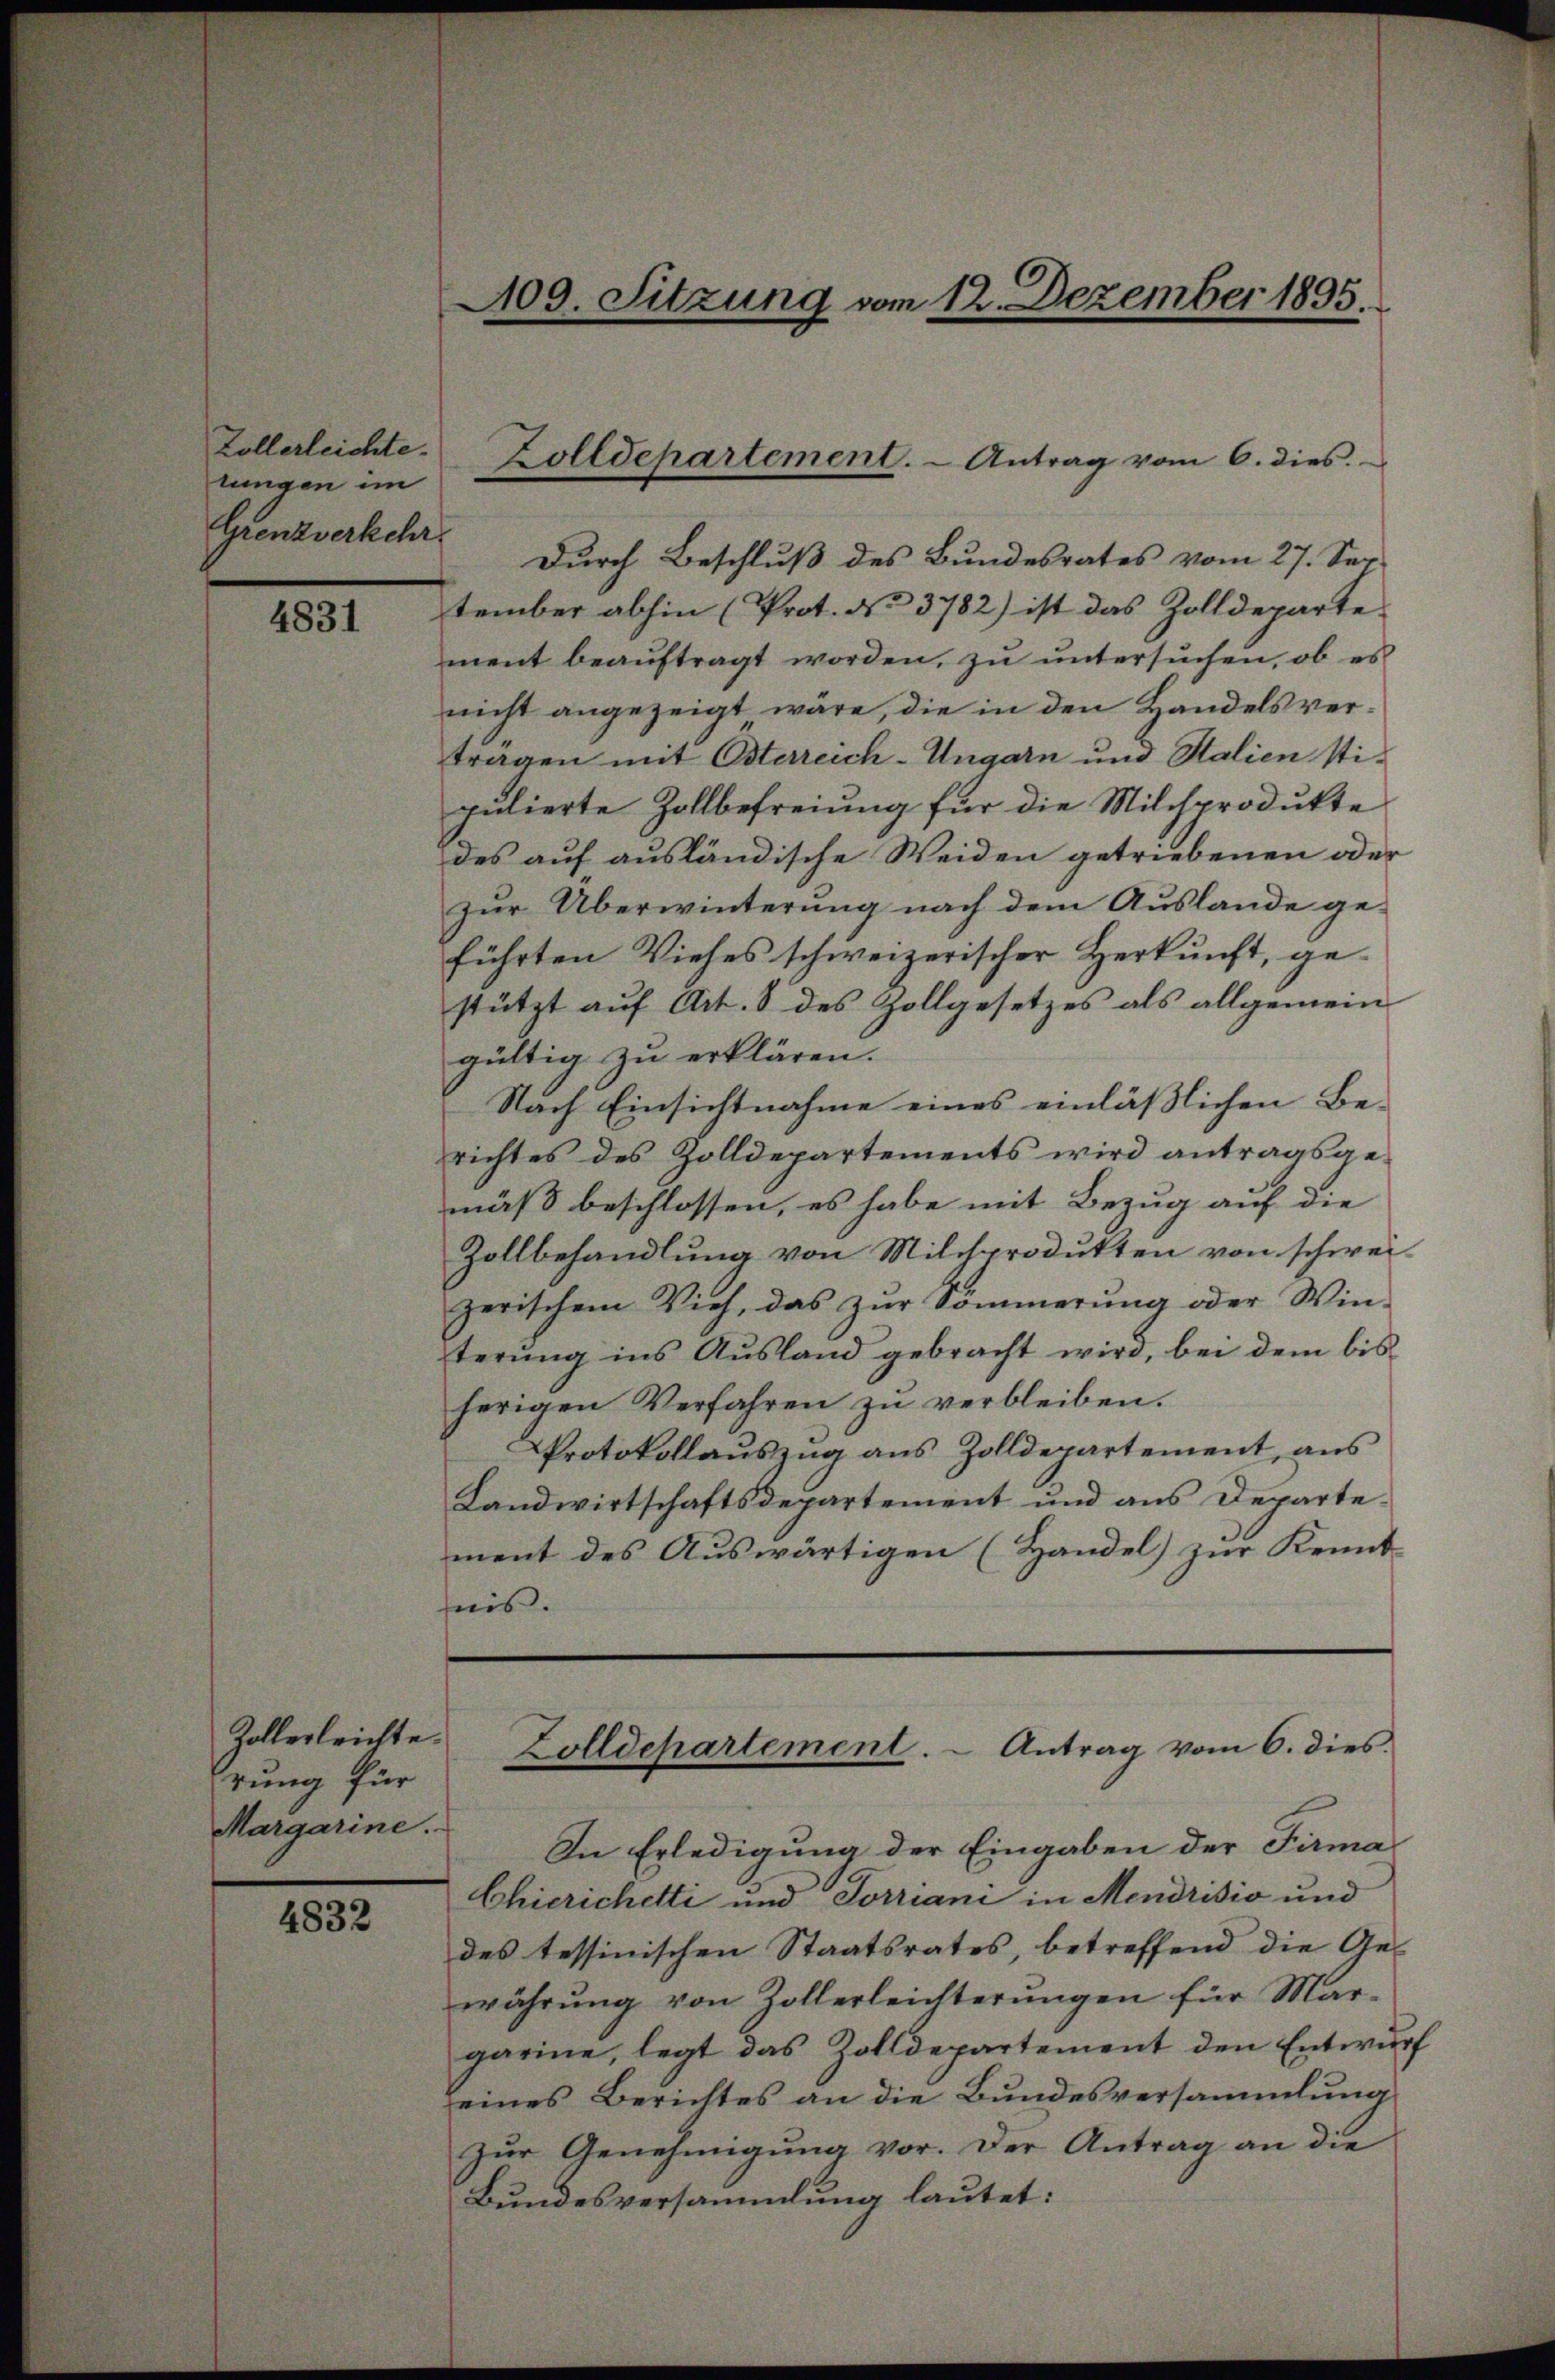
Zollerleichte.
lungen im
Grenzverkehr

4831

Zollerleichte.
rung für
Margarine.

4832

Durch Beschluß des Bundesrates vom 27. Ser
tember abhin (Prot. No 3782) ist das Zolldeparte
ment beaŭftragt worden, zŭ ŭntersŭchen, ob es
nicht angezeigt wäre, die in den Handels vertragen mit Osterreich-Ungarn und Salien stipulierte Zollbefreiung für die Milchprodukte
des auf ausländische Weiden getriebenen oder
zur Überwinterung nach dem Auslande geführten Viehes schweizerischer Herkunft, ge-
stützt auf Art. 8 des Zollgesetzes als allgemein
gültig zu erklären.
Nach Einsichtnahme eines einläßlichen Be-
richtes des Zolldepartements wird antragsgemäß beschlossen, es habe mit Bezug auf die
Zollbehandlung von Milchprodukten von schweizerischem Vieh, das zŭr Sömmerung oder Win-
terung ins Ausland gebracht wird, bei dem bis
herigen Verfahren zu verbleiben.
Protokollaŭszŭg ans Zolldepartement, ans
Landwirtschaftsdepartement und aus Departement des Auswärtigen (Handel) zur Kennt-
nis.
Zolldepartement. - Antrag vom 6. dies
In Erledigung der Eingaben der Firma
Chierichetti und Torriani in Mendrisio und
des tessinischen Staatsrates, betreffend die Ges
währŭng von Zollerleichterŭngen für Mar-
garine, legt das Zolldepartement den Entwurf
seines Berichtes an die Bundesversammlung
zŭr Genehmigung vor. Der Antrag an die
Bundesversammlung lautet:

109. Sitzung vom 12. Dezember 1895.

Zolldepartement. - Antrag vom 6. dies